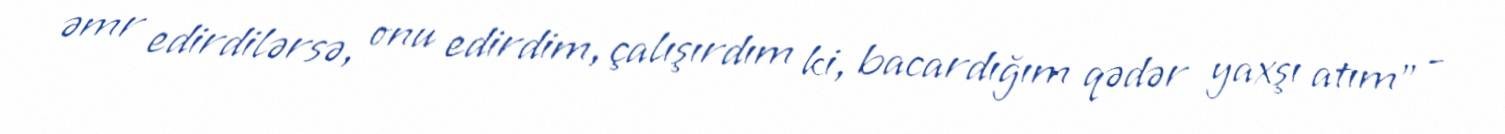
əmr edirdilərsə, onu edirdim, çalışırdım ki, bacardığım qədər yaxşı atım” -